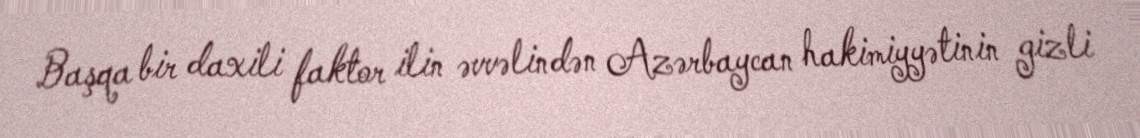
Başqa bir daxili faktor ilin əvvəlindən Azərbaycan hakimiyyətinin gizli